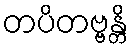
တပိတဗ္ဗန္တိ